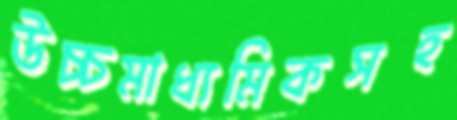
উচ্চমাধ্যমিকসহ